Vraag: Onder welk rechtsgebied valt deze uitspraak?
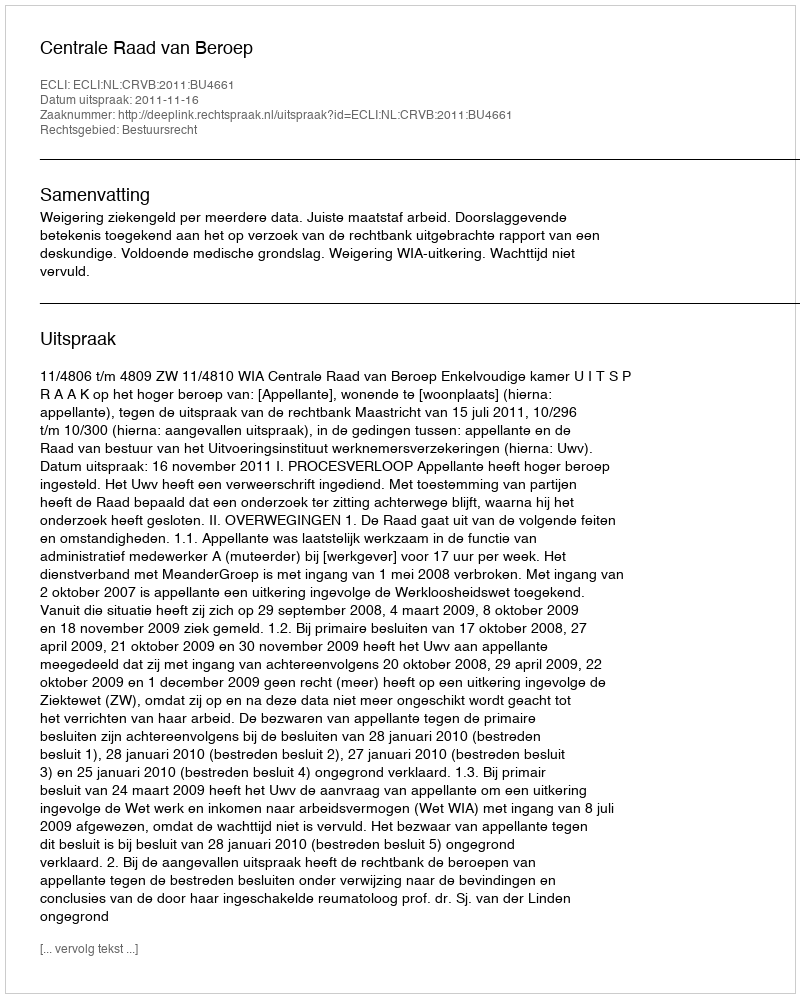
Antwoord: Bestuursrecht